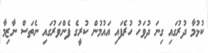
ކުޅުމާ ދުރުގައި ގިނަ ދުވަހު ހުރެފައި އައުމުން ކުރީގެ ފެންވަރުގައި ނެތަސް ނާޒިމާ